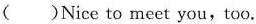
( )Nice to meet you,too.